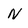
Character: N